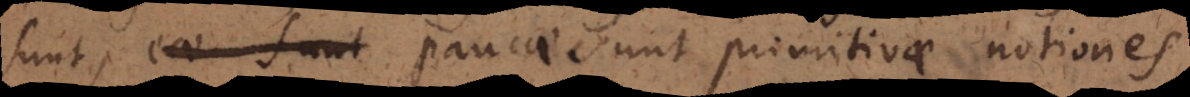
sunt, ea sunt paucae sunt primitivae notiones.